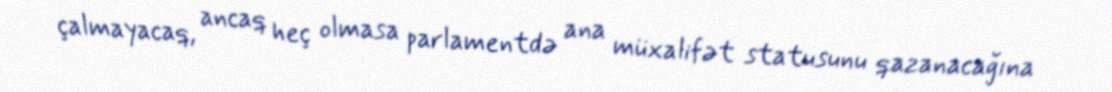
çalmayacaq, ancaq heç olmasa parlamentdə ana müxalifət statusunu qazanacağına